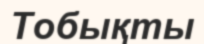
Тобықты